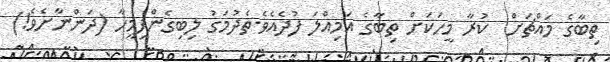
ތިބާގެ މައްޗަށް  ކުރާ މީހަކަށް ތިބާގެ އަމިއްލަ ފުދެއެވެ.ތެދުމަގު ލިބިގެންފިމީހާ (ދަންނާށެވެ!)